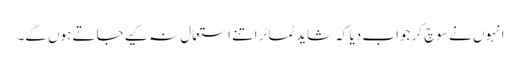
انہوں نے سوچ کر جواب دیا کہ شاید ٹماٹر اتنے استعمال نہ کیے جاتے ہوں گے۔